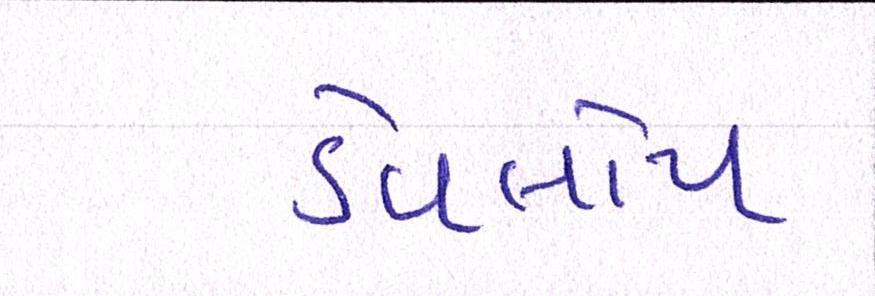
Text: ડેવલોપ